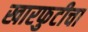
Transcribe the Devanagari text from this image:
खारफुटीचा